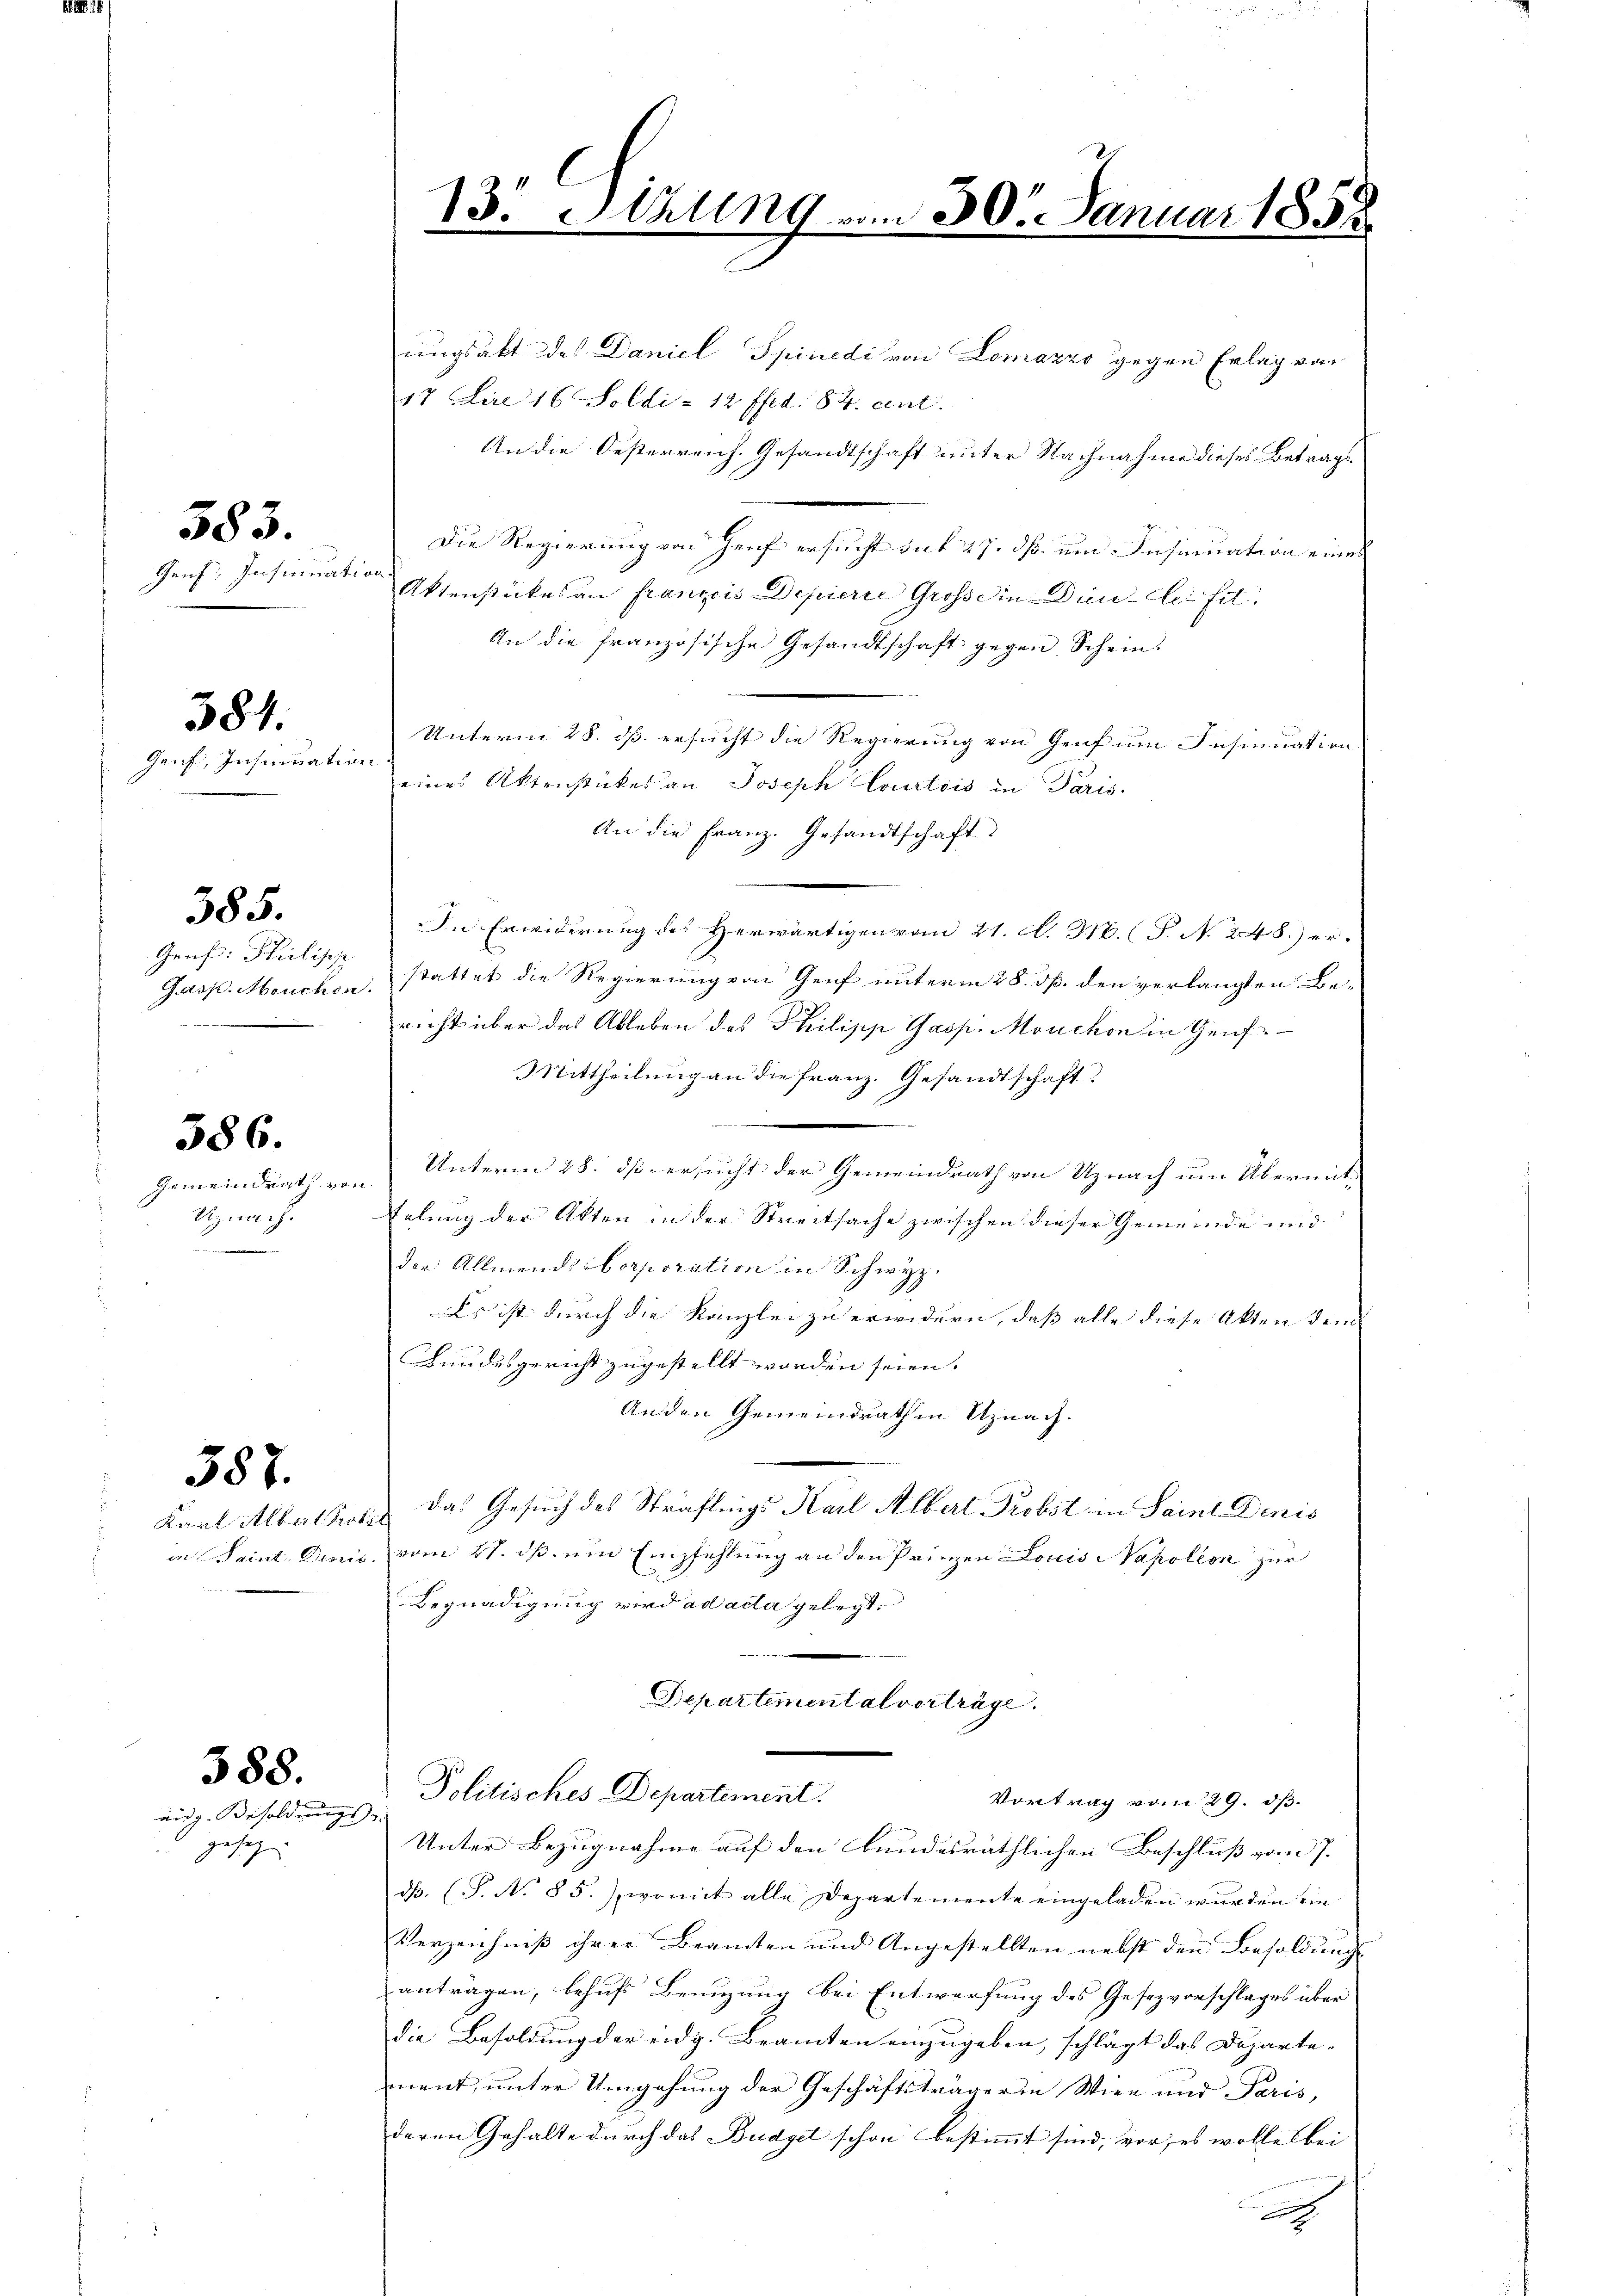
Genf, Insinuat

583.

Genf, Insinuati

581.

Genf. Philisch
G.dsp. Meuchen

585.

Gemeindert von
Uznach.
.

586.

Karl Albalser
in Saint. Demi

587.

388.

eidg. Besolderungs
gesez

13. Sehling vom 30. Januar 185.

ungsakt des Daniel Spinedi von Lomazzo gegen Erlag von
17 Lire 16 Soldi - 12 ffed. 84. ent
An die Oesterreich. Gesandtschaft unter Nachnahme dieses Betrags¬
Die Regierung von Genf ersucht sub 27. dß. und Insinuation eines
n
Aktenstückes an françois Depierie Gross die Din-Cleifel
An die französische Gesandtschaft gegen Schein.
Unterm 28. ds. ersucht die Regierung von Genf um Insinuation
2
eines Aktenstückes an Joseph Courtois in Paris.
An die Franz. Gesandtschaft
In Erwiderung des Herwärtigen vom 21. A. M. (T. No. 248.) erstattet die Regierung von Genf unterm 28. dß. den verlangten Bericht über das Ableben des Philipp Gasp. Mouchon in Genf
Mittheilung an die Franz. Gesandtschaft.
.
Unterm 28. dß ersucht der Gemeindrath von Uznach um Übermittelung der Akten in der Streitsache zwischen dieser Gemeinde und
der Allmende Corporation in Schwyz.
Es ist durch die Kanzlei zu erwidern, daß alle diese Akten dem
Bundesgericht zugestellt worden seien.
Anden Gemeindrathen Uznach.
 das Gesuch des Sträflings Karl Albert Probst in Saint Denis
vom 27. ds ein Empfehlung an den Prinzen Louis NNapoleon zur
Begnadigung wird ad acta gelegt.
Departementalverträge.
Politisches Departement.
Vortrag vom 29. dß.
37
Unter Bezugnahme auf den bundesräthlichen Beschluss vom 7.
dß. (T. No 85.), womit alle Departemente eingeladen wurden ein
Verzeichniß ihrer Beamten und Angestellten nebst den Besoldung
antragen, behufs Benuzung bei Entwerfung des Gesezvorschlages über
die Besoldung der eidg. Beamten einzugeben, schlägt das Departement, unter Umgehung der Geschäftsträgerin Wien und Paris,
deren Gehalte durch das Budget schon bestimmt sind, vor, es wolle bei
e